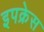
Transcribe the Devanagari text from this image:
इपक्रेस